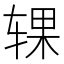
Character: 𰺍